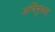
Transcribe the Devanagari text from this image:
अभिमुक्‍ता